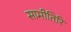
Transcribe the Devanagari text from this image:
सामीतिरि